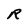
Character: R